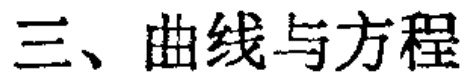
三、曲线与方程